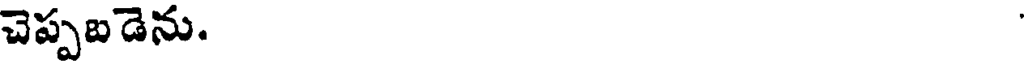
చెప్పబడెను.